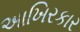
આખિરકાર